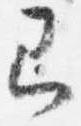
即